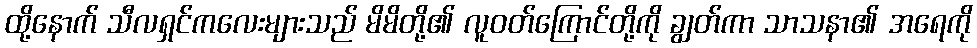
ထို့နောက် သီလရှင်ကလေးများသည် မိမိတို့၏ လူဝတ်ကြောင်တို့ကို ချွတ်ကာ သာသနာ၏ အရေကို